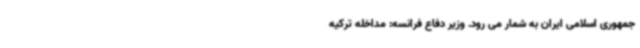
جمهوری اسلامی ایران به شمار می رود. وزیر دفاع فرانسه: مداخله ترکیه